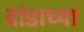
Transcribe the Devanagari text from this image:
दांडाच्या